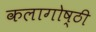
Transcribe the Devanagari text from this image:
कलागोष्ठी